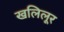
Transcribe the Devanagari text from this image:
खलिलूर